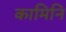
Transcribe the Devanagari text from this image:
कामिनि